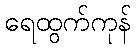
ရေထွက်ကုန်